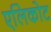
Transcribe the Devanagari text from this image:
एलिकोट